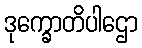
ဒုက္ခောတိပါဌော